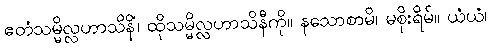
ဧတံသမ္မိလ္လဟာသိနိံ၊ ထိုသမ္မိလ္လဟာသိနီကို။ နသောစာမိ၊ မစိုးရိမ်။ ယံယံ၊